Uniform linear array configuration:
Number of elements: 48
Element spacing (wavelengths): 0.25
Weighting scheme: binomial
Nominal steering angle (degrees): -60
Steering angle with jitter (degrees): -60.113
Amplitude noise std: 0.05
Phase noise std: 0.05

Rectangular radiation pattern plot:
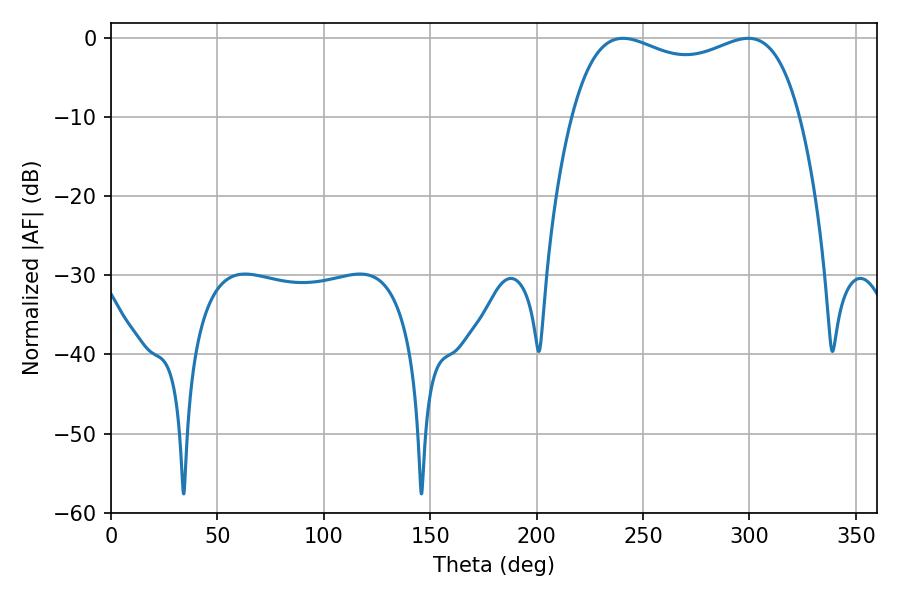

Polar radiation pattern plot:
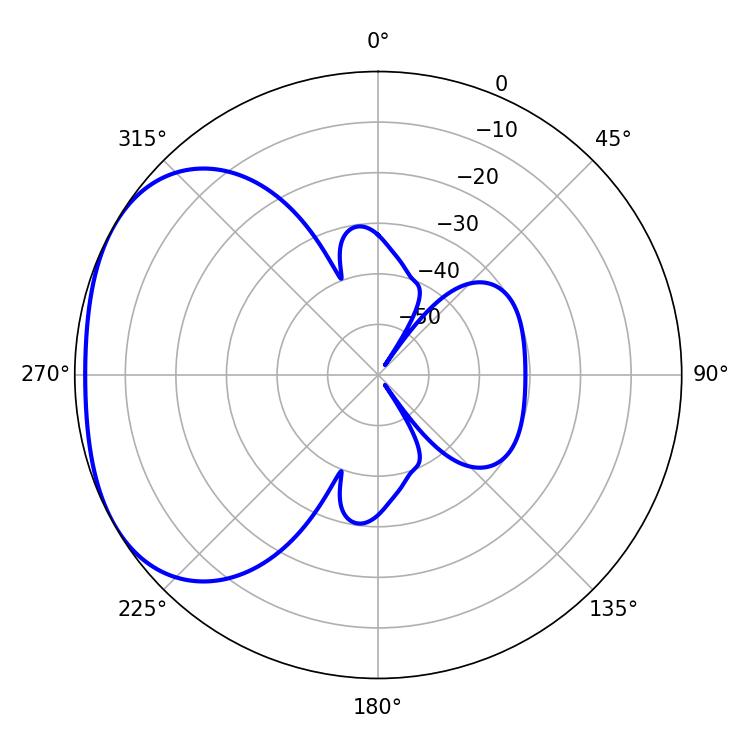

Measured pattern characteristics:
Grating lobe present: FALSE
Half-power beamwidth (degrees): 88.2
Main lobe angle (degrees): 240.66